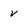
Character: v